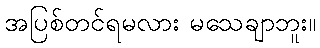
အပြစ်တင်ရမလား မသေချာဘူး။